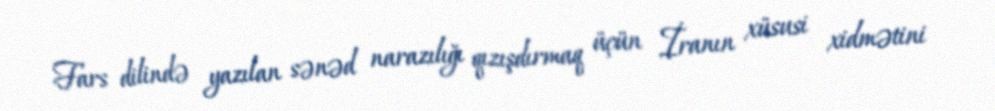
Fars dilində yazılan sənəd narazılığı qızışdırmaq üçün İranın xüsusi xidmətini